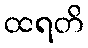
ထရတိ